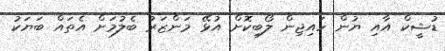
ޑުޝީކް އާއި ޔުން ހައިޖިން ލޯބިކޮށް އުޅޭ މަންޒަރު ބެލުމަށް އެތައް ބަޔަކު